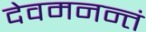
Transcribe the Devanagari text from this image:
देवमनन्तं